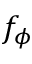
f _ { \phi }